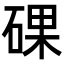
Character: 䂺